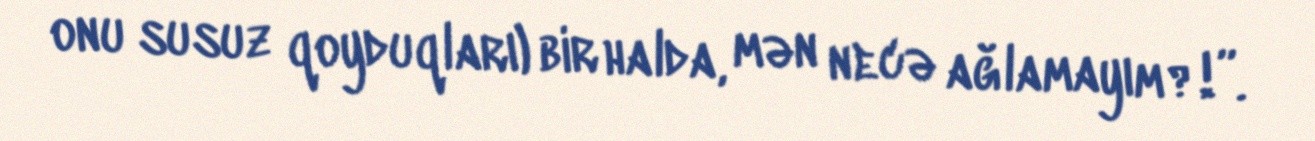
onu susuz qoyduqları) bir halda, mən necə ağlamayım?!”.